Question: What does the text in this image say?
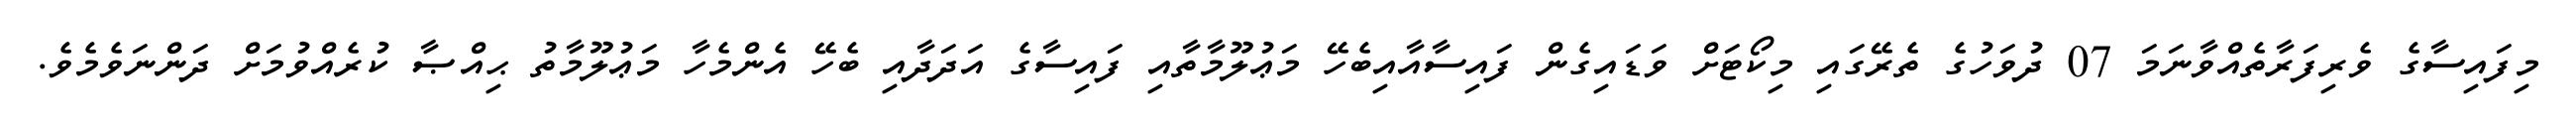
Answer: މިފައިސާގެ ވެރިފަރާތެއްވާނަމަ 07 ދުވަހުގެ ތެރޭގައި މިކޯޓަށް ވަޑައިގެން ފައިސާއާއިބެހޭ މަޢުލޫމާތާއި ފައިސާގެ އަދަދާއި ބެހޭ އެންމެހާ މަޢުލޫމާތު ޙިއްޞާ ކުރެއްވުމަށް ދަންނަވެމެވެ.